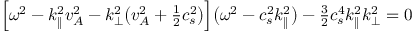
\Big [ \omega ^ { 2 } - k _ { \| } ^ { 2 } v _ { A } ^ { 2 } - k _ { \perp } ^ { 2 } \big ( v _ { A } ^ { 2 } + { \textstyle \frac { 1 } { 2 } } c _ { s } ^ { 2 } \big ) \Big ] \big ( \omega ^ { 2 } - c _ { s } ^ { 2 } k _ { \| } ^ { 2 } \big ) - { \textstyle \frac { 3 } { 2 } } c _ { s } ^ { 4 } k _ { \| } ^ { 2 } k _ { \perp } ^ { 2 } = 0